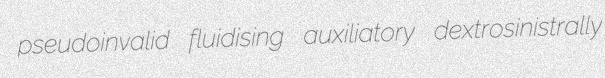
pseudoinvalid fluidising auxiliatory dextrosinistrally